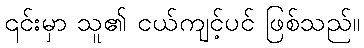
၎င်းမှာ သူ၏ ငယ်ကျင့်ပင် ဖြစ်သည်။